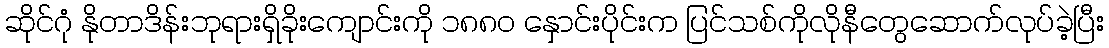
ဆိုင်ဂုံ နိုတာဒိန်းဘုရားရှိခိုးကျောင်းကို ၁၈၈၀ နှောင်းပိုင်းက ပြင်သစ်ကိုလိုနီတွေဆောက်လုပ်ခဲ့ပြီး